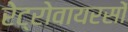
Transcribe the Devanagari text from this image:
रेट्रोवायरसों